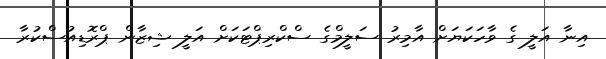
އިނާ އަލީ ގެ ވާހަކަޔަށް އާމިރު ސަލީމްގެ ސްކްރިޕްޓަކަށް އަލީ ޝިޒާން ޕްރޮޑިއުސްކުރާ